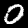
Label: 0